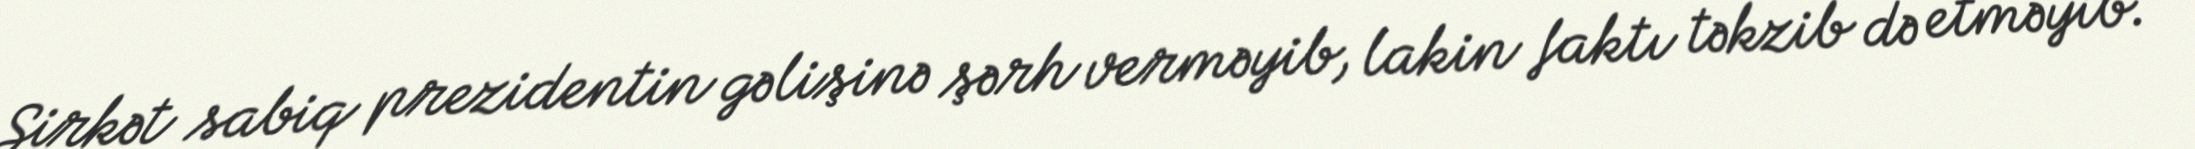
Şirkət sabiq prezidentin gəlişinə şərh verməyib, lakin faktı təkzib də etməyib.